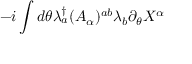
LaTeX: - i \int d \theta \lambda _ { a } ^ { \dag } ( A _ { \alpha } ) ^ { a b } \lambda _ { b } \partial _ { \theta } X ^ { \alpha }